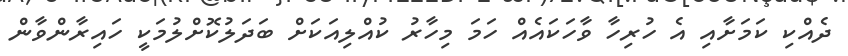
ދެއްކި ކަމަށާއި އެ ހުރިހާ ވާހަކައެއް ހަމަ މިހާރު ކުއްލިއަކަށް ބަދަލުކޮށްލުމަކީ ހައިރާންވާން